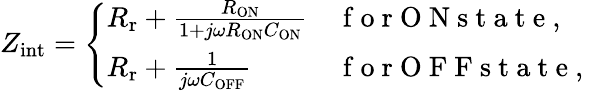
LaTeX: Z_{\mathrm{int}}=\left\{ \begin{array}{ll}{R_{\mathrm{r}}+\frac{R_{\mathrm{ON}}}{1+j\omega R_{\mathrm{ON}}C_{\mathrm{ON}}}}&{\mathrm{~f~o~r~O~N~s~t~a~t~e~,~}}\\ {R_{\mathrm{r}}+\frac{1}{j\omega C_{\mathrm{OFF}}}}&{\mathrm{~f~o~r~O~F~F~s~t~a~t~e~,~}}\end{array}\right.